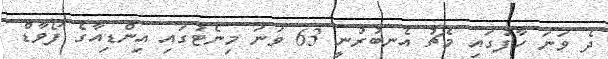
ދެ ވަނަ ހާފުގައި މެޗު އެނބުރުނީ 63 ވަނަ މިނެޓުގައި އިންޑިއާގެ ފޯވާޑް